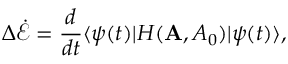
\Delta \dot { \mathcal { E } } = \frac { d } { d t } \langle \psi ( t ) | H ( { \bf A } , { A _ { 0 } } ) | \psi ( t ) \rangle ,